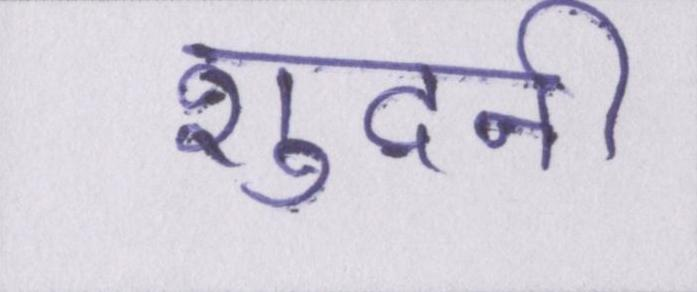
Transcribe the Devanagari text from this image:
शुदनी